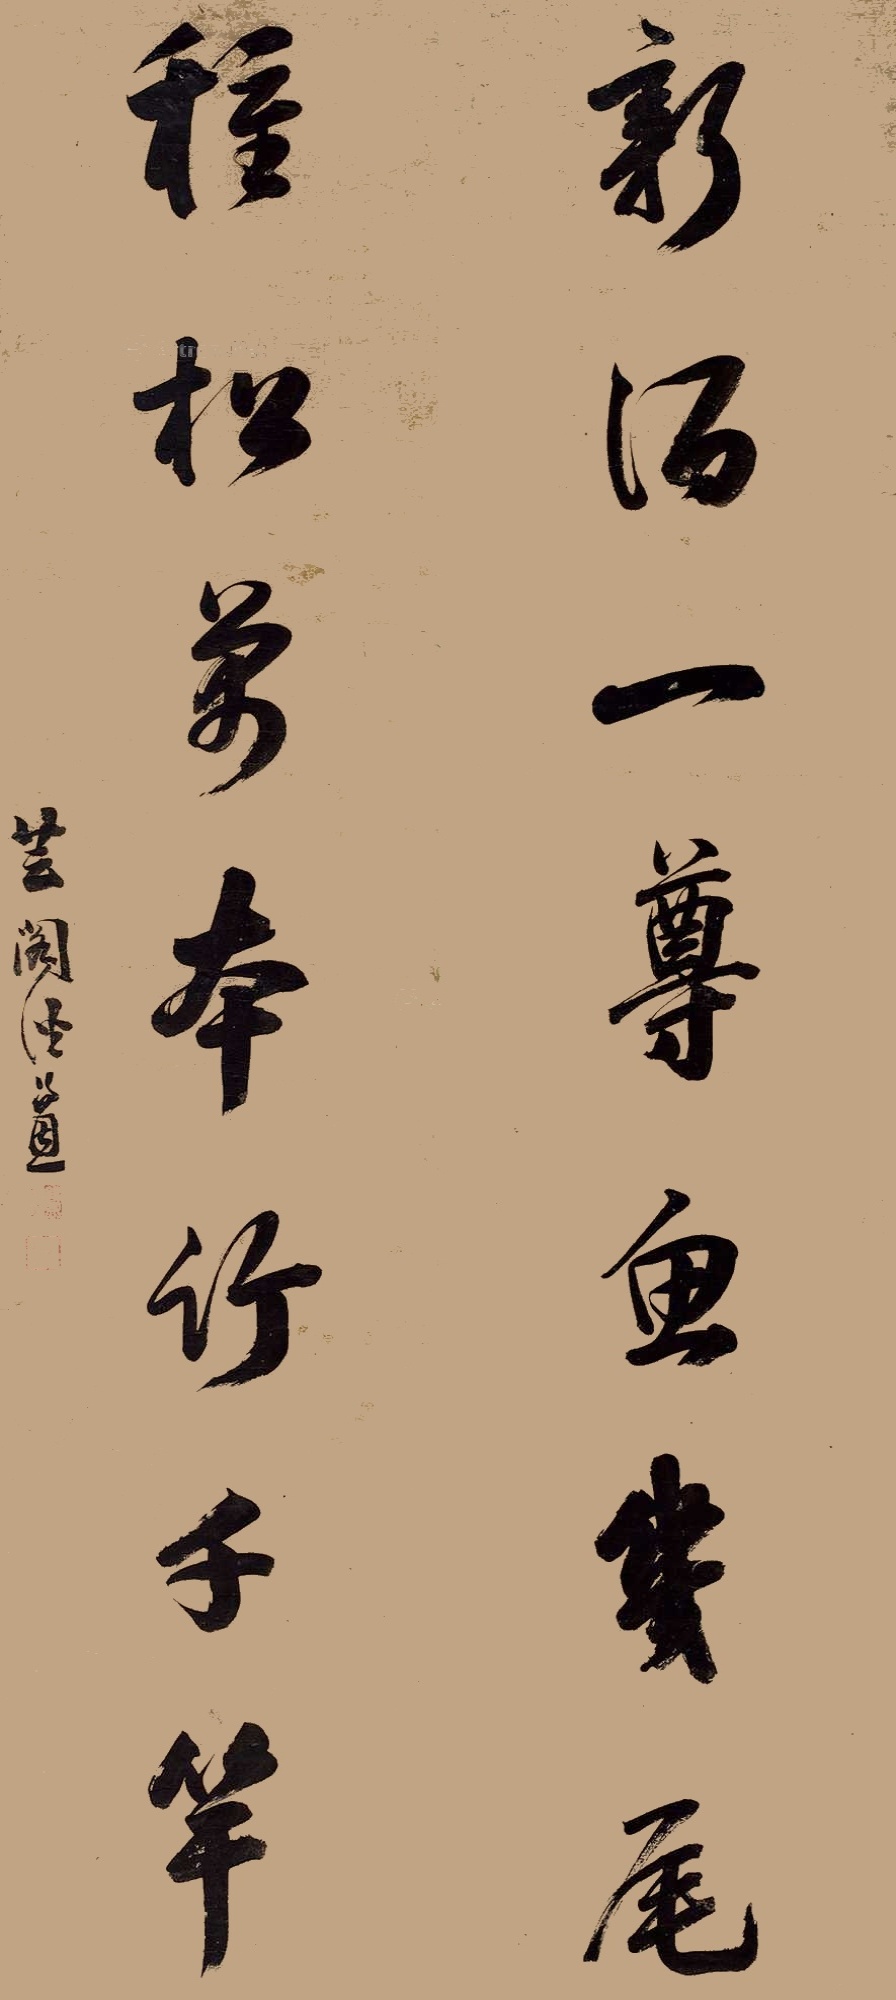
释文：新酒一尊鱼几尾，种松万本竹千竿。芸阁潘锡恩。